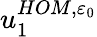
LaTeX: u_{1}^{HOM,\varepsilon_{0}}